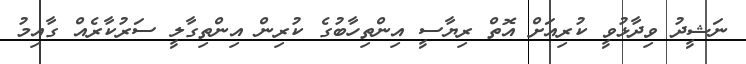
ނަޝީދު ވިދާޅުވީ ކުރިއަށް އޮތް ރިޔާސީ އިންތިހާބުގެ ކުރިން އިންތިގާލީ ސަރުކާރެއް ގާއިމު